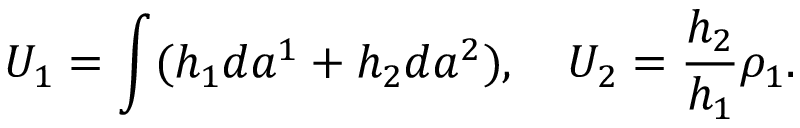
U _ { 1 } = \int ( h _ { 1 } d a ^ { 1 } + h _ { 2 } d a ^ { 2 } ) , \quad U _ { 2 } = \frac { h _ { 2 } } { h _ { 1 } } \rho _ { 1 } .